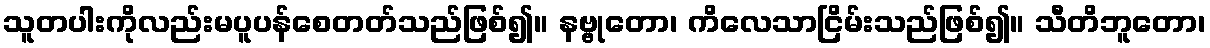
သူတပါးကိုလည်းမပူပန်စေတတ်သည်ဖြစ်၍။ နဗ္ဗုတော၊ ကိလေသာငြိမ်းသည်ဖြစ်၍။ သီတိဘူတော၊